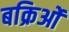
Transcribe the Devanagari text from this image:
बक्रिओं